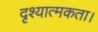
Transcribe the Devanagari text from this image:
दृश्यात्मकता।